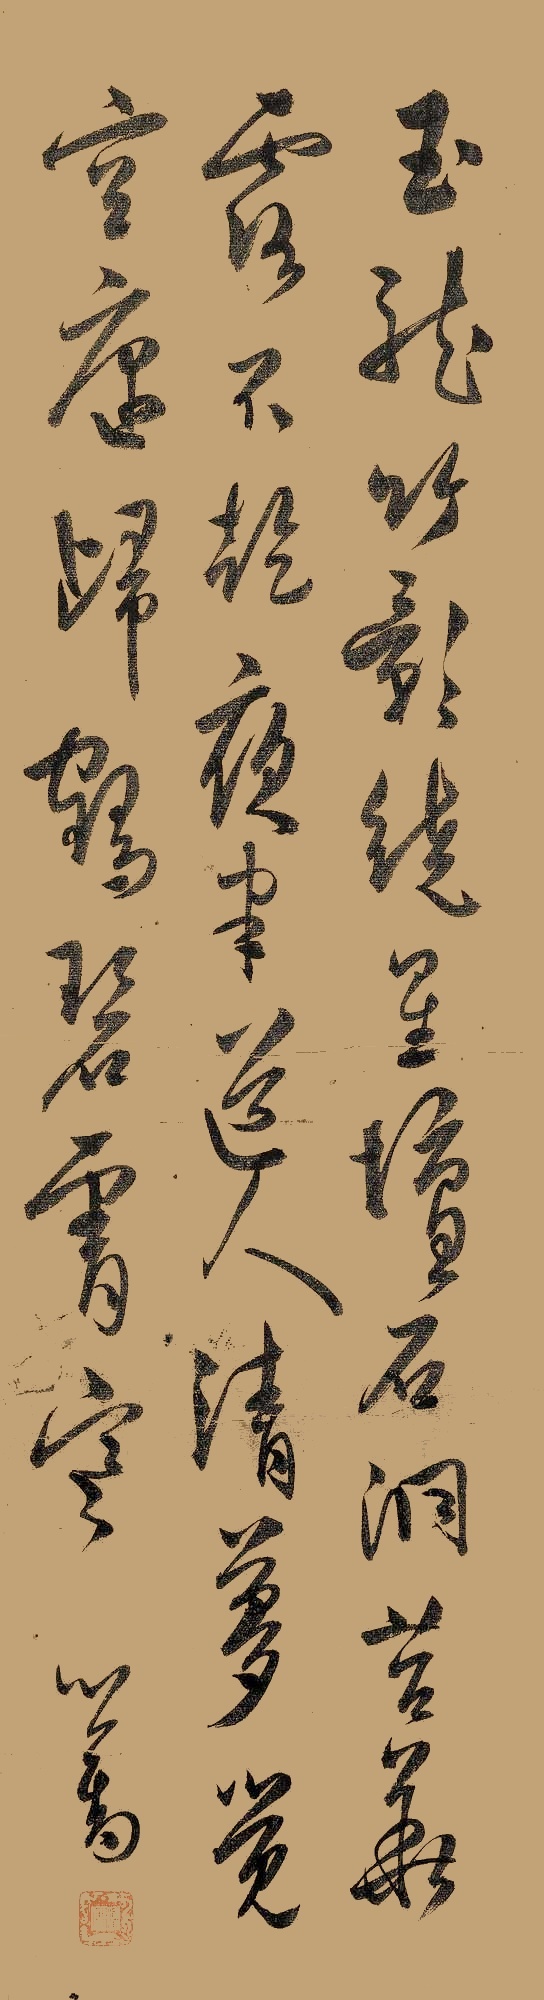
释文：玉龙竹影绕星坛，石洞苔华露不干。夜半道人清梦觉，空庭归鹤碧霄寒。心畬。